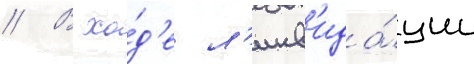
// В хо́д'е л'икв'ида́ции